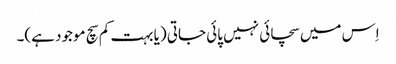
اِس میں سچائی نہیں پائی جاتی (یا بہت کم سچ موجود ہے)۔